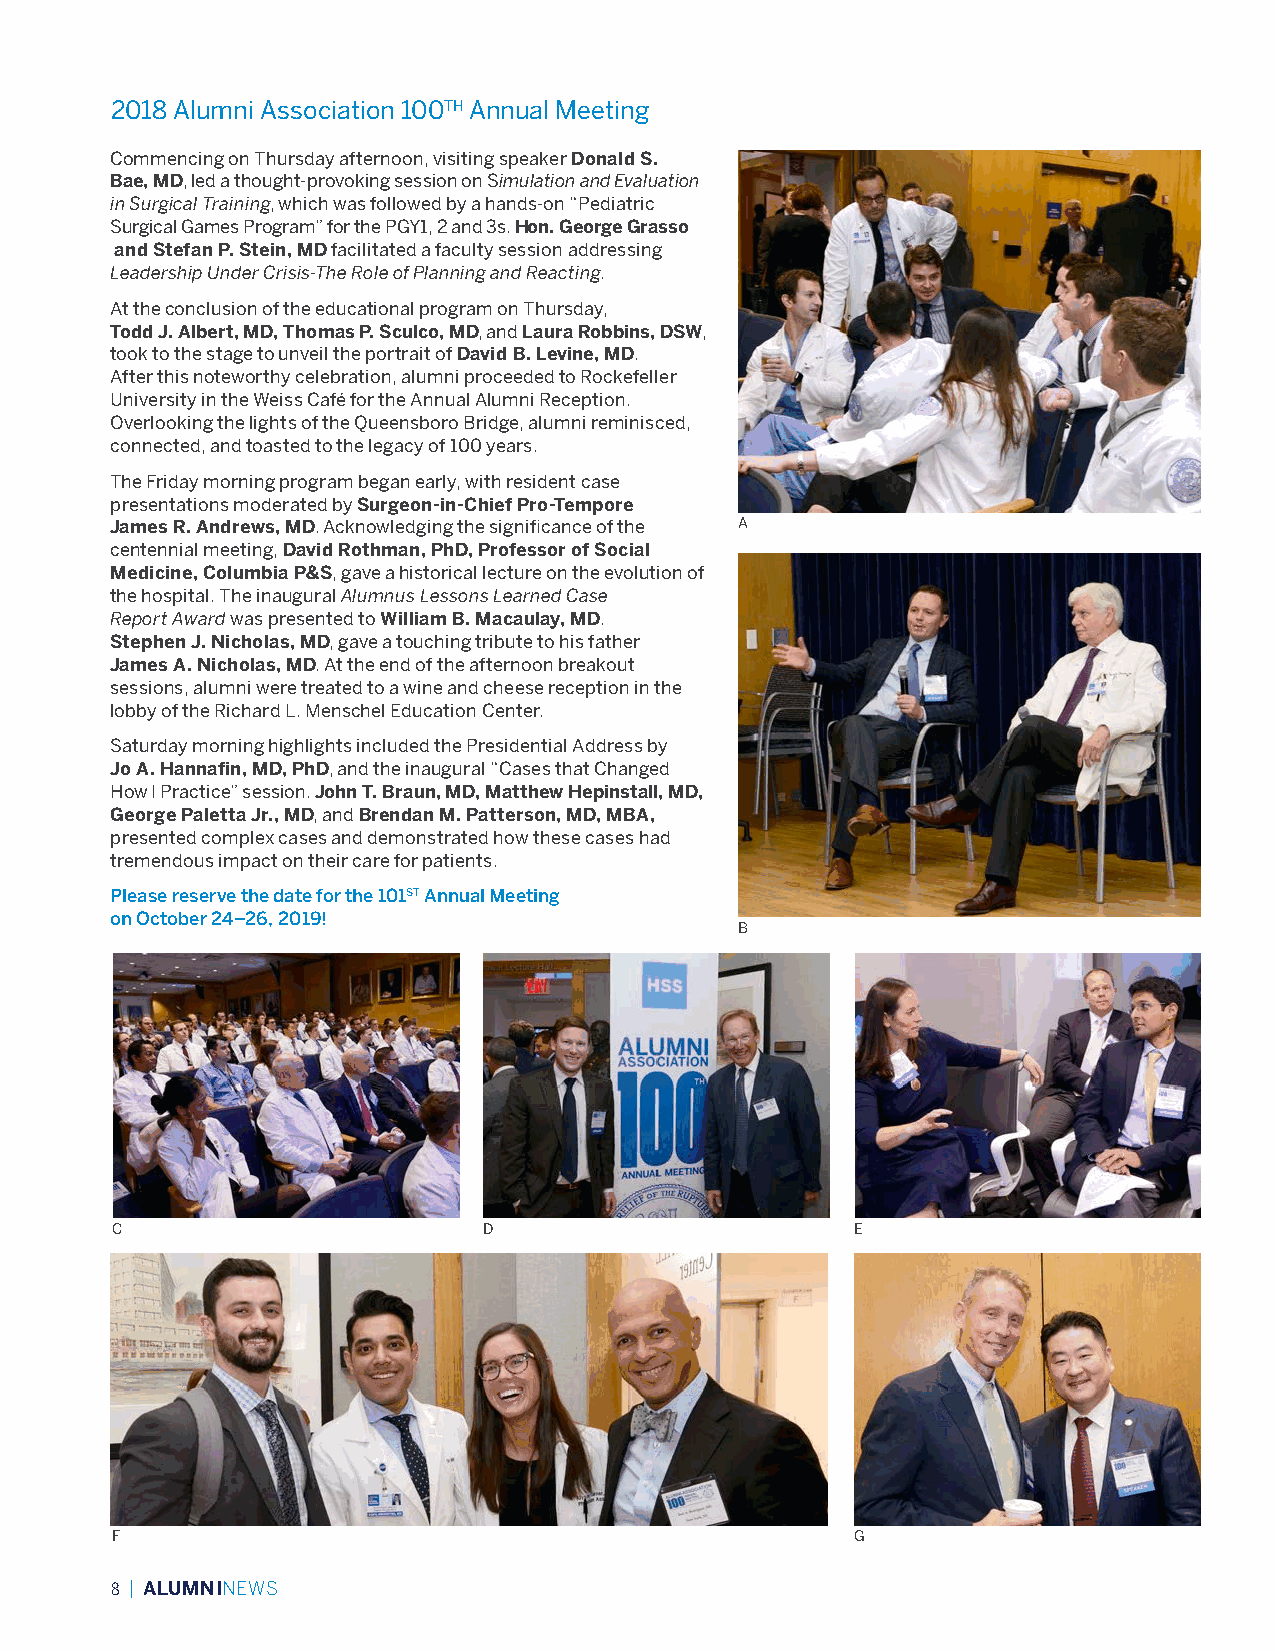
2018 Alumni Association 100TH Annual Meeting
 Commencing on Thursday afternoon, visiting speaker Donald S.
 Bae, MD, led a thought-provoking session on Simulation and Evaluation
 in Surgical Training, which was followed by a hands-on “Pediatric
 Surgical Games Program” for the PGY1, 2 and 3s. Hon. George Grasso
 and Stefan P. Stein, MD facilitated a faculty session addressing
 Leadership Under Crisis-The Role of Planning and Reacting.
 At the conclusion of the educational program on Thursday,
 Todd J. Albert, MD, Thomas P. Sculco, MD, and Laura Robbins, DSW,
 took to the stage to unveil the portrait of David B. Levine, MD.
 After this noteworthy celebration, alumni proceeded to Rockefeller
 University in the Weiss Café for the Annual Alumni Reception.
 Overlooking the lights of the Queensboro Bridge, alumni reminisced,
 connected, and toasted to the legacy of 100 years.
 The Friday morning program began early, with resident case
 presentations moderated by Surgeon-in-Chief Pro-Tempore
 James R. Andrews, MD. Acknowledging the significance of the A
 centennial meeting, David Rothman, PhD, Professor of Social
 Medicine, Columbia P&S, gave a historical lecture on the evolution of
 the hospital. The inaugural Alumnus Lessons Learned Case
 Report Award was presented to William B. Macaulay, MD.
 Stephen J. Nicholas, MD, gave a touching tribute to his father
 James A. Nicholas, MD. At the end of the afternoon breakout
 sessions, alumni were treated to a wine and cheese reception in the
 lobby of the Richard L. Menschel Education Center.
 Saturday morning highlights included the Presidential Address by
 Jo A. Hannafin, MD, PhD, and the inaugural “Cases that Changed
 How I Practice” session. John T. Braun, MD, Matthew Hepinstall, MD,
 George Paletta Jr., MD, and Brendan M. Patterson, MD, MBA,
 presented complex cases and demonstrated how these cases had
 tremendous impact on their care for patients.
 Please reserve the date for the 101ST Annual Meeting
 on October 24–26, 2019!
 B
 C                        D                        E
 F                                                 G
 8 | ALUMNINEWS